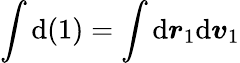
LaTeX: \int\mathrm{d}(1)=\int\mathrm{d}\boldsymbol{r}_{1}\mathrm{d}\boldsymbol{v}_{1}